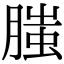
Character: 𦞲